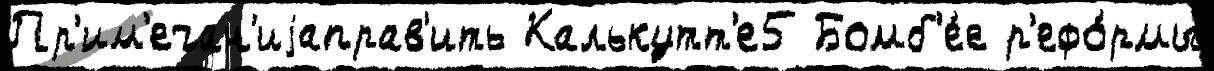
Пр'им'ечан'иjаправ'ить Калькутт'е5 Бомб'е́е р'ефо́рмы